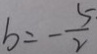
b = - \frac { 5 } { 2 }